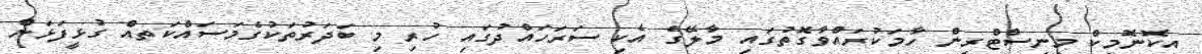
އިކޮނޮމިކް މިނިސްޓްރީން ހާމަކުރައްވާގޮތުގައި މާލޭގެ އެކި ސަރަހައްދުގައި ހުރި މި ބަދަރުތަކުގެމަސައްކަތއް ގުޅީފަޅަށް